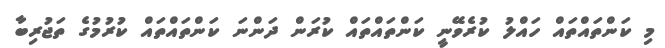
މި ކަންތައްތައް ހައްލު ކުރެވޭނީ ކަންތައްތައް ކުރަން ދަންނަ ކަންތައްތައް ކުރުމުގެ ތަޖުރިބާ